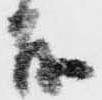
茂